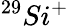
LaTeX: ^{29}Si^{+}